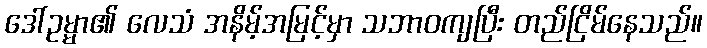
ဒေါ်ဥမ္မာ၏ လေသံ အနိမ့်အမြင့်မှာ သဘာဝကျပြီး တည်ငြိမ်နေသည်။